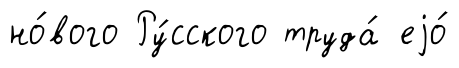
но́вого Ру́сского труда́ еjо́